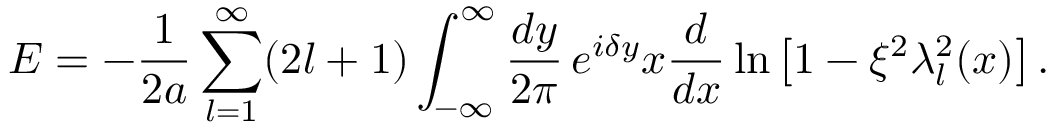
E = - \frac 1 { 2 a } \sum _ { l = 1 } ^ { \infty } ( 2 l + 1 ) \int _ { - \infty } ^ { \infty } \frac { d y } { 2 \pi } \, e ^ { i \delta y } x \frac d { d x } \ln \left[ 1 - \xi ^ { 2 } \lambda _ { l } ^ { 2 } ( x ) \right] .